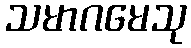
သမာဂမေသု